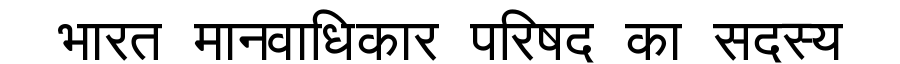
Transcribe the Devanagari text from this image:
भारत मानवाधिकार परिषद का सदस्य